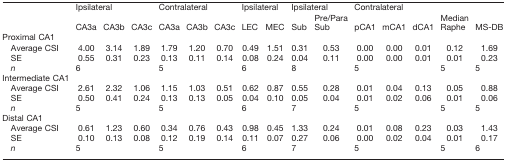
<table><thead><tr><td>[EMPTY_CELL]</td><td colspan="3"><b>Ipsilateral</b></td><td colspan="3"><b>Contralateral</b></td><td colspan="2"><b>Ipsilateral</b></td><td colspan="2"><b>Ipsilateral</b></td><td colspan="3"><b>Contralateral</b></td><td rowspan="2"><b>Median Raphe</b></td><td rowspan="2"><b>MS-DB</b></td></tr><tr><td>[EMPTY_CELL]</td><td><b>CA3a</b></td><td><b>CA3b</b></td><td><b>CA3c</b></td><td><b>CA3a</b></td><td><b>CA3b</b></td><td><b>CA3c</b></td><td><b>LEC</b></td><td><b>MEC</b></td><td><b>Sub</b></td><td><b>Pre/Para Sub</b></td><td><b>pCA1</b></td><td><b>mCA1</b></td><td><b>dCA1</b></td></tr></thead><tbody><tr><td>Proximal CA1</td><td>[EMPTY_CELL]</td><td>[EMPTY_CELL]</td><td>[EMPTY_CELL]</td><td>[EMPTY_CELL]</td><td>[EMPTY_CELL]</td><td>[EMPTY_CELL]</td><td>[EMPTY_CELL]</td><td>[EMPTY_CELL]</td><td>[EMPTY_CELL]</td><td>[EMPTY_CELL]</td><td>[EMPTY_CELL]</td><td>[EMPTY_CELL]</td><td>[EMPTY_CELL]</td><td>[EMPTY_CELL]</td><td>[EMPTY_CELL]</td></tr><tr><td>Average CSI</td><td>4.00</td><td>3.14</td><td>1.89</td><td>1.79</td><td>1.20</td><td>0.70</td><td>0.49</td><td>1.51</td><td>0.31</td><td>0.53</td><td>0.00</td><td>0.00</td><td>0.01</td><td>0.12</td><td>1.69</td></tr><tr><td>SE</td><td>0.55</td><td>0.31</td><td>0.23</td><td>0.13</td><td>0.11</td><td>0.14</td><td>0.08</td><td>0.24</td><td>0.04</td><td>0.11</td><td>0.00</td><td>0.00</td><td>0.01</td><td>0.01</td><td>0.23</td></tr><tr><td><i>n</i></td><td colspan="3">6</td><td colspan="3">5</td><td colspan="2">6</td><td colspan="2">8</td><td colspan="3">5</td><td>5</td><td>5</td></tr><tr><td>Intermediate CA1</td><td>[EMPTY_CELL]</td><td>[EMPTY_CELL]</td><td>[EMPTY_CELL]</td><td>[EMPTY_CELL]</td><td>[EMPTY_CELL]</td><td>[EMPTY_CELL]</td><td>[EMPTY_CELL]</td><td>[EMPTY_CELL]</td><td>[EMPTY_CELL]</td><td>[EMPTY_CELL]</td><td>[EMPTY_CELL]</td><td>[EMPTY_CELL]</td><td>[EMPTY_CELL]</td><td>[EMPTY_CELL]</td><td>[EMPTY_CELL]</td></tr><tr><td>Average CSI</td><td>2.61</td><td>2.32</td><td>1.06</td><td>1.15</td><td>1.03</td><td>0.51</td><td>0.62</td><td>0.87</td><td>0.55</td><td>0.28</td><td>0.01</td><td>0.04</td><td>0.13</td><td>0.05</td><td>0.88</td></tr><tr><td>SE</td><td>0.50</td><td>0.41</td><td>0.24</td><td>0.13</td><td>0.13</td><td>0.05</td><td>0.04</td><td>0.10</td><td>0.05</td><td>0.04</td><td>0.01</td><td>0.02</td><td>0.06</td><td>0.01</td><td>0.06</td></tr><tr><td><i>n</i></td><td colspan="3">5</td><td colspan="3">5</td><td colspan="2">6</td><td colspan="2">7</td><td colspan="3">5</td><td>5</td><td>5</td></tr><tr><td>Distal CA1</td><td>[EMPTY_CELL]</td><td>[EMPTY_CELL]</td><td>[EMPTY_CELL]</td><td>[EMPTY_CELL]</td><td>[EMPTY_CELL]</td><td>[EMPTY_CELL]</td><td>[EMPTY_CELL]</td><td>[EMPTY_CELL]</td><td>[EMPTY_CELL]</td><td>[EMPTY_CELL]</td><td>[EMPTY_CELL]</td><td>[EMPTY_CELL]</td><td>[EMPTY_CELL]</td><td>[EMPTY_CELL]</td><td>[EMPTY_CELL]</td></tr><tr><td>Average CSI</td><td>0.61</td><td>1.23</td><td>0.60</td><td>0.34</td><td>0.76</td><td>0.43</td><td>0.98</td><td>0.45</td><td>1.33</td><td>0.24</td><td>0.01</td><td>0.08</td><td>0.23</td><td>0.03</td><td>1.43</td></tr><tr><td>SE</td><td>0.10</td><td>0.13</td><td>0.08</td><td>0.12</td><td>0.19</td><td>0.14</td><td>0.11</td><td>0.07</td><td>0.27</td><td>0.06</td><td>0.00</td><td>0.02</td><td>0.04</td><td>0.01</td><td>0.17</td></tr><tr><td><i>n</i></td><td colspan="3">5</td><td colspan="3">5</td><td colspan="2">6</td><td colspan="2">7</td><td colspan="3">5</td><td>5</td><td>6</td></tr></tbody></table>